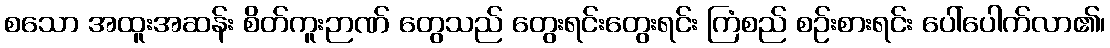
စသော အထူးအဆန်း စိတ်ကူးဉာဏ် တွေသည် တွေးရင်းတွေးရင်း ကြံစည် စဉ်းစားရင်း ပေါ်ပေါက်လာ၏၊